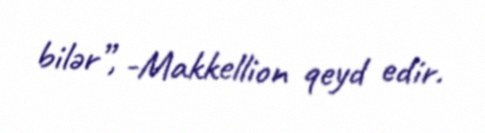
bilər”, -Makkellion qeyd edir.